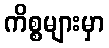
ကိစ္စများမှာ